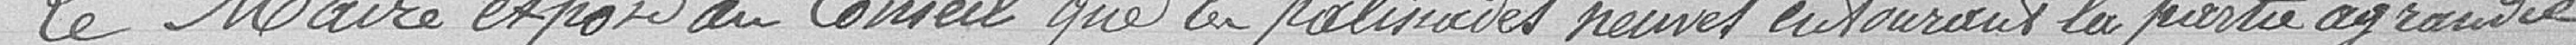
Le maire expose au conseil que les palissades neuves entourant la partie agrandie